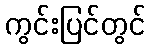
ကွင်းပြင်တွင်